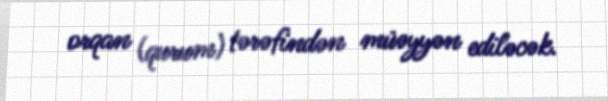
orqan (qurum) tərəfindən müəyyən ediləcək.